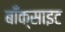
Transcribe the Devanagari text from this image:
बाँक्साइट